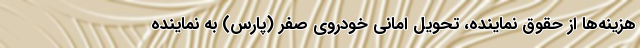
هزینه‌ها از حقوق نماینده، تحویل امانی خودروی صفر (پارس) به نماینده